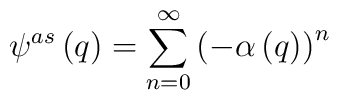
\psi ^{as}\left( q\right) =\sum_{n=0}^\infty \left( -\alpha \left( q \right)\right) ^n